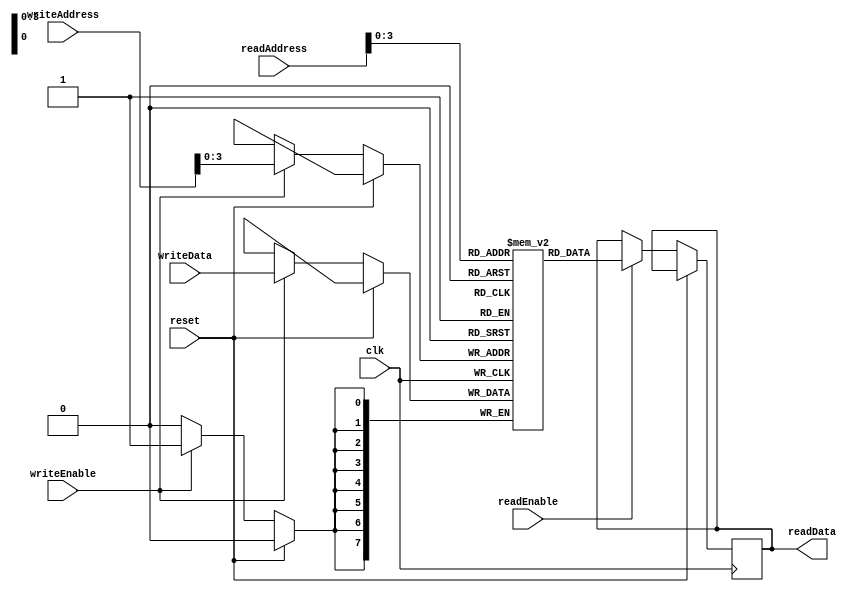
module MemoryBlocksStack(
    input clk,
    input reset,
    input [7:0] writeData,
    input writeEnable,
    input [31:0] writeAddress,
    input readEnable,
    input [31:0] readAddress,
    output reg [7:0] readData
);

parameter STACK_DEPTH = 16; // Number of memory blocks in the stack
reg [7:0] memoryBlocks[STACK_DEPTH-1:0]; // Array of memory blocks
reg [31:0] stackPointer;

always @(posedge clk) begin
    if (reset) begin
        stackPointer <= 0;
    end else begin
        if (writeEnable) begin
            memoryBlocks[writeAddress] <= writeData;
        end
        
        if (readEnable) begin
            readData <= memoryBlocks[readAddress];
        end
        
        if (writeEnable && stackPointer < STACK_DEPTH-1) begin
            stackPointer <= stackPointer + 1;
        end
    end
end

endmodule